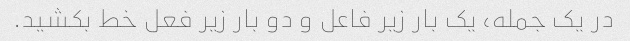
در یک جمله، یک بار زیر فاعل و دو بار زیر فعل خط بکشید.